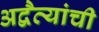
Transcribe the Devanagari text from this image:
अद्वैत्यांची